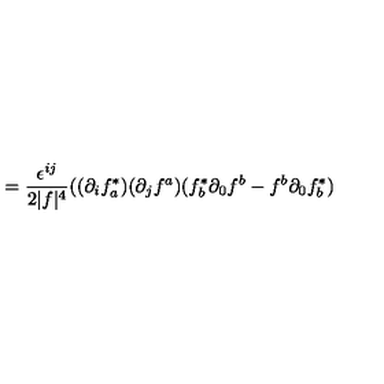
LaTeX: = \frac { \epsilon ^ { i j } } { 2 | f | ^ { 4 } } ( ( \partial _ { i } f _ { a } ^ { * } ) ( \partial _ { j } f ^ { a } ) ( f _ { b } ^ { * } \partial _ { 0 } f ^ { b } - f ^ { b } \partial _ { 0 } f _ { b } ^ { * } )